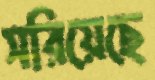
সরিয়েছে